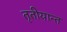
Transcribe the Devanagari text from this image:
तृतीयान्त